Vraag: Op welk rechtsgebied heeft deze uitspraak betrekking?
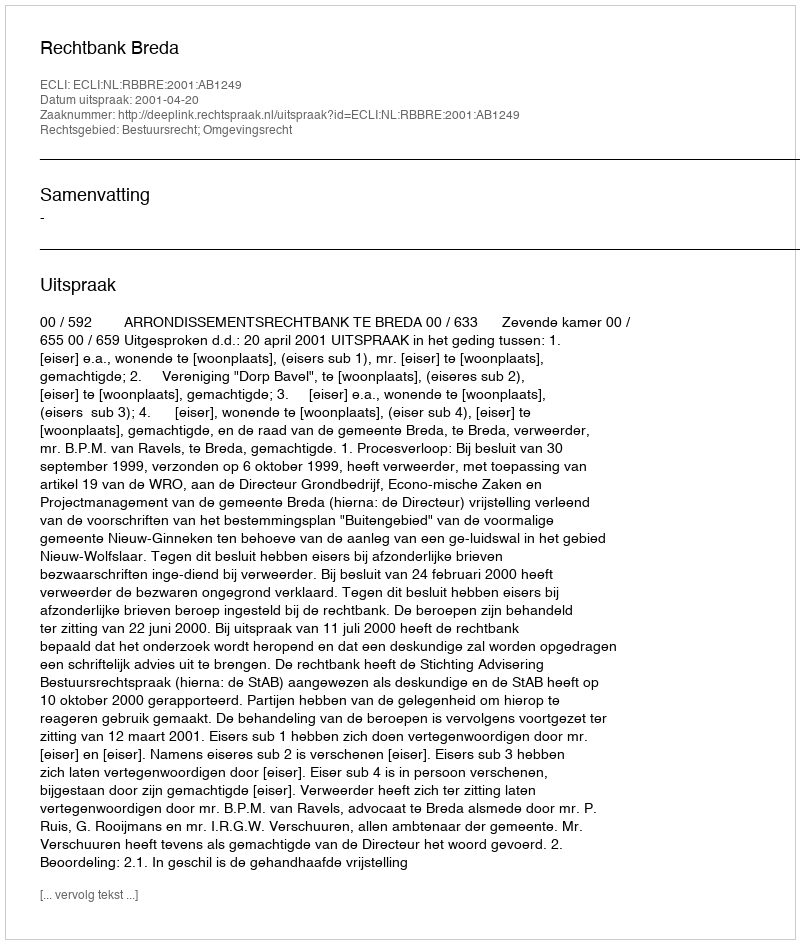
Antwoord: Bestuursrecht; Omgevingsrecht